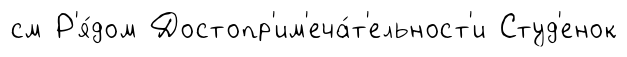
см Р'я́дом Достопр'им'еча́т'ельност'и Студ'енок